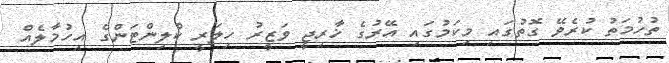
ތުހުމަތު ކުރެވޭ ގޮތުގައި މިކަމުގައި އޭރުގެ ޚާރިޖީ ވަޒީރު ހިލަރީ ކްލިންޓަންގެ އިހުމާލެއް